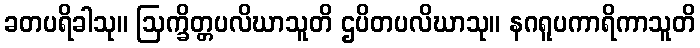
ခတပရိခါသု။ ဩက္ခိတ္တပလိဃာသူတိ ဌပိတပလိဃာသု။ နဂရူပကာရိကာသူတိ